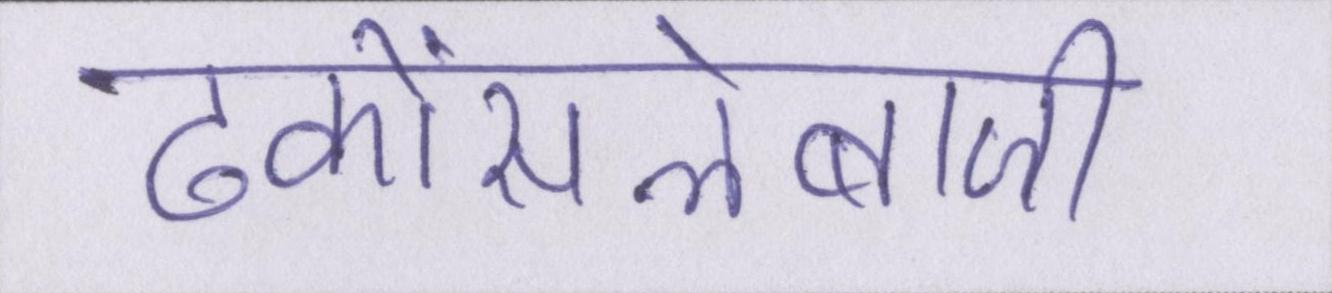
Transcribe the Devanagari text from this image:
ढकोंसलेबाजी